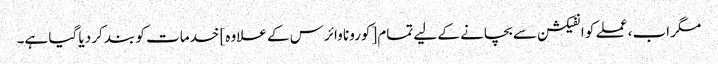
مگر اب، عملے کو انفیکشن سے بچانے کے لیے تمام [کورونا وائرس کے علاوہ] خدمات کو بند کر دیا گیا ہے۔